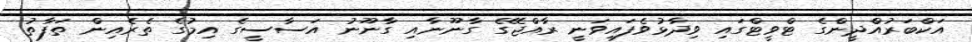
އަކްބަރުއްދީންގެ ޓްވީޓްގައި ވިދާޅުވެފައިވަނީ ރާއްޖޭގެ ގާނޫނާއި ގާނޫނު އަސާސީގެ އިމުގެ ތެރެއިން ތަފާތު